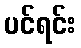
ပင်ရင်း